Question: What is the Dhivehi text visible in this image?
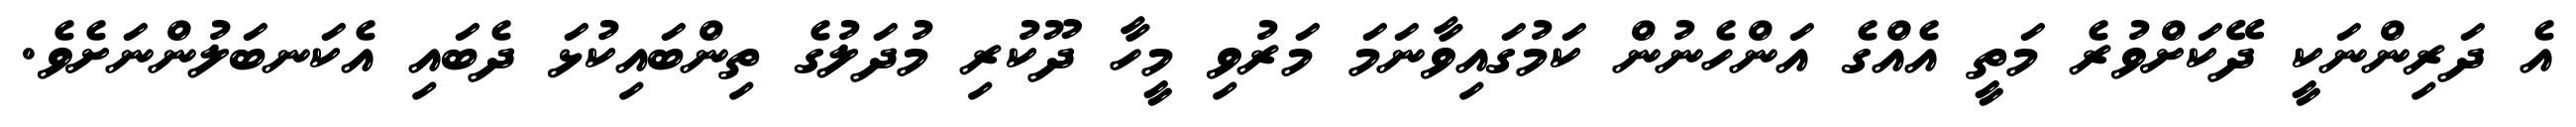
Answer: އެ ދަރިންނަކީ ދޭކަށްވުރެ މަތީ އެއްގެ އަންހެނުން ކަމުގައިވާނަމަ މަރުވި މީހާ ދޫކުރި މުދަލުގެ ތިންބައިކުޅަ ދެބައި އެކަނބަލުންނަށެވެ.